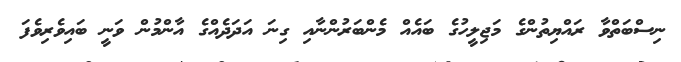
ނިސްބަތްވާ ރައްޔިތުންގެ މަޖިލީހުގެ ބައެއް މެންބަރުންނާއި ގިނަ އަދަދެއްގެ އާންމުން ވަނީ ބައިވެރިވެފަ